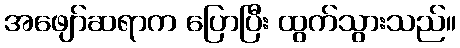
အဖျော်ဆရာက ပြောပြီး ထွက်သွားသည်။